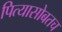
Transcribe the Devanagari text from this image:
पित्यासोबतच